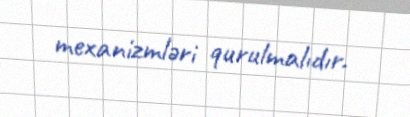
mexanizmləri qurulmalıdır.